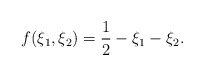
\begin{align*}f(\xi_{1},\xi_{2})=\frac{1}{2}-\xi_{1}-\xi_{2}.\end{align*}